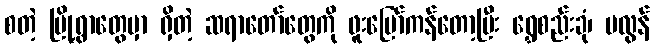
စတဲ့ မြို့ရွာတွေမှာ ရှိတဲ့ ဆရာတော်တွေကို ဖူးမြော်ကန်တော့ပြီး ရွှေစည်းခုံ၊ မလွန်